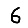
Digit: 6